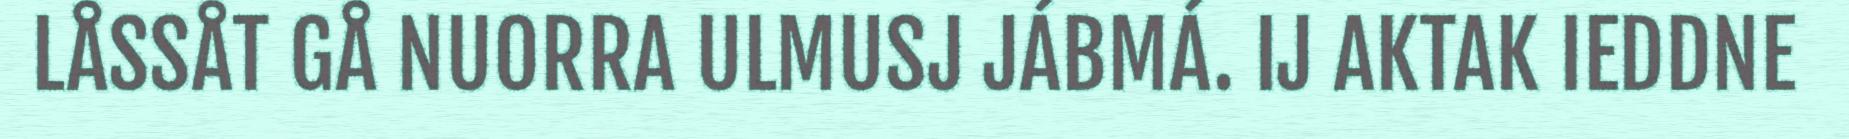
LÅSSÅT GÅ NUORRA ULMUSJ JÁBMÁ. IJ AKTAK IEDDNE